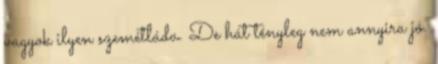
vagyok ilyen szemétláda. De hát tényleg nem annyira jó.